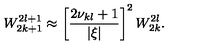
W _ { 2 k + 1 } ^ { 2 l + 1 } \approx \left[ \frac { 2 \nu _ { k l } + 1 } { | \xi | } \right] ^ { 2 } W _ { 2 k } ^ { 2 l } .